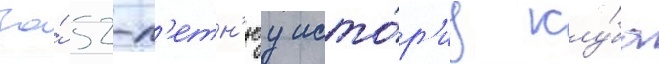
За́ 52-л'етн'юу исто́р'иу клу́ба